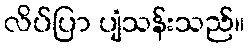
လိပ်ပြာ ပျံသန်းသည်။